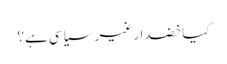
کیا خضدار غیر سیاسی ہے؟